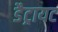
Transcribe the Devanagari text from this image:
डैट्रायट